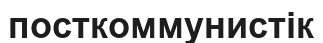
посткоммунистік